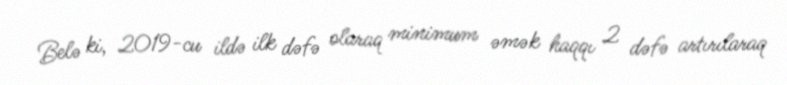
Belə ki, 2019-cu ildə ilk dəfə olaraq minimum əmək haqqı 2 dəfə artırılaraq